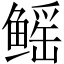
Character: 鳐